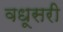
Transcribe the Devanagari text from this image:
वधूसरी